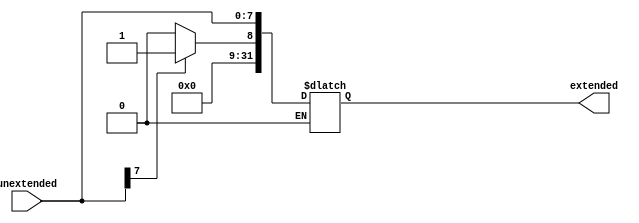
module signextender(unextended, extended);
    input [7:0] unextended; //the msb bit is the sign bit // 8-bit input
    output reg [31:0] extended; // 32-bit output

    //assign extended[7:0]  = unextended[7:0];
    //assign extended[31:8] = unextended[7] ? 24'd1 : 24'd0;
    always @(unextended) begin
        if(unextended[7] == 1'b0) begin
            extended[31:8] = 24'd0;
            extended[7:0]  = unextended[7:0];
        end else if (unextended[7] == 1'b1) begin
            extended[31:8] = 24'd1;
            extended[7:0]  = unextended[7:0];
        end
    end 
endmodule